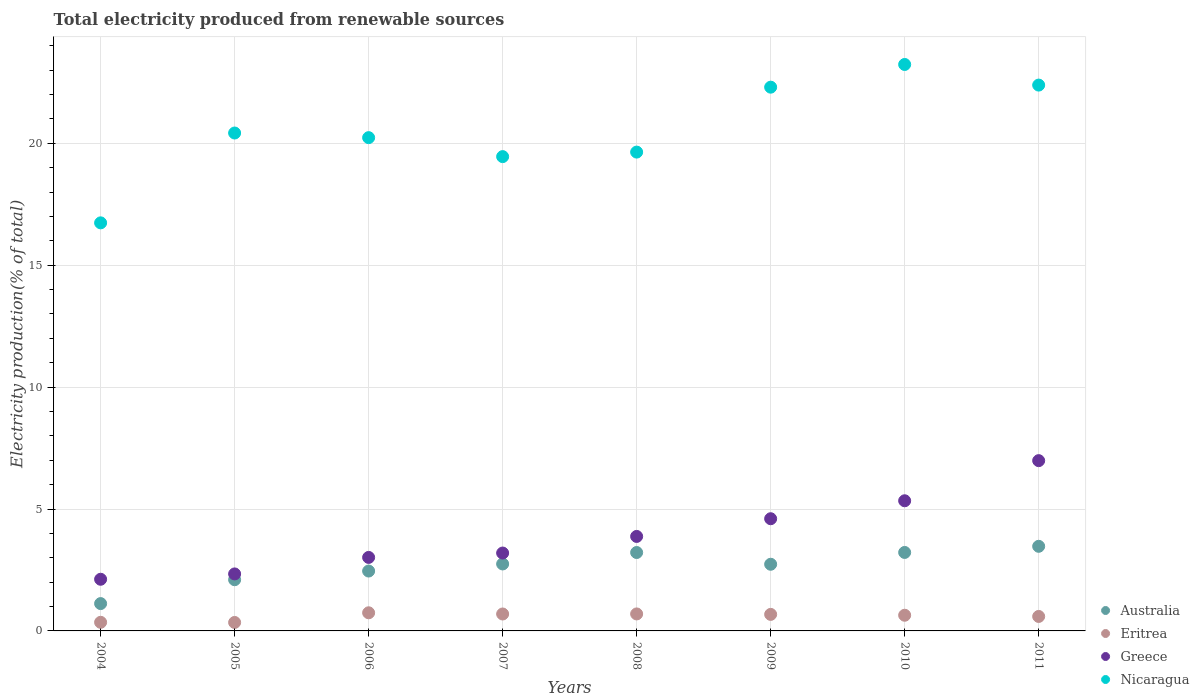
| Years | Australia | Eritrea | Greece | Nicaragua |
 | --- | --- | --- | --- | --- |
 | 2004 | 1.12 | 0.353 | 2.12 | 16.7 |
 | 2005 | 2.1 | 0.347 | 2.34 | 20.4 |
 | 2006 | 2.46 | 0.743 | 3.01 | 20.2 |
 | 2007 | 2.75 | 0.694 | 3.19 | 19.5 |
 | 2008 | 3.22 | 0.697 | 3.88 | 19.6 |
 | 2009 | 2.73 | 0.678 | 4.6 | 22.3 |
 | 2010 | 3.22 | 0.643 | 5.34 | 23.2 |
 | 2011 | 3.47 | 0.593 | 6.98 | 22.4 |